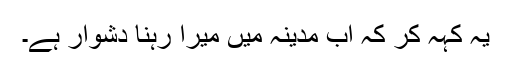
یہ کہہ کر کہ اب مدینہ میں میرا رہنا دشوار ہے۔